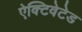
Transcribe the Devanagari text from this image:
ऐक्टिवेटेड